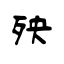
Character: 殃